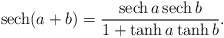
\begin{align*}{\rm sech}(a+b)=\frac{{\rm sech}\,a\,{\rm sech}\,b}{1+\tanh a\tanh b}.\end{align*}